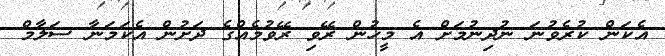
އެކަން ކުރެވުނަ ނުދިނުމަށް އެ މީހުން ރޭވި ރޭވުމެއްގެ ދަށުން އެކަމަނާ ސަލާމް